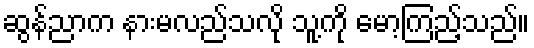
ဆွန်ညာက နားမလည်သလို သူ့ကို မော့ကြည့်သည်။